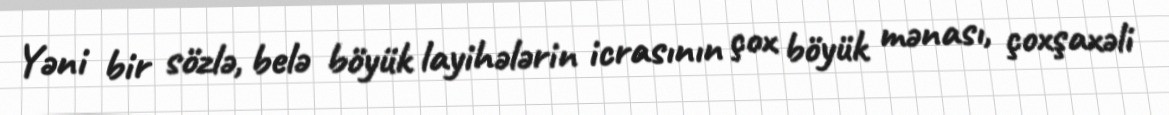
Yəni bir sözlə, belə böyük layihələrin icrasının çox böyük mənası, çoxşaxəli